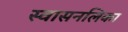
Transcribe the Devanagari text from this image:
स्वासनलिका